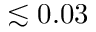
\lesssim 0 . 0 3